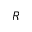
R